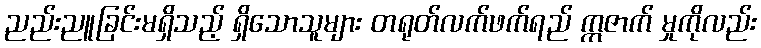
ညည်းညူခြင်းမရှိသည့် ရှိသောသူများ တရုတ်လက်ဖက်ရည် ဣဇာက် မှုကိုလည်း